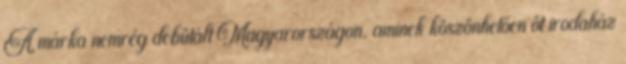
A márka nemrég debütált Magyarországon, aminek köszönhetően öt irodaház